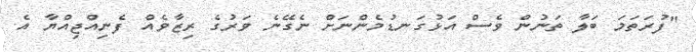
"ފުރަތަމަ ބަލާ ތަނުން ވެސް އަޅުގަނޑުމެންނަށް ނެގޭނެ ވަރުގެ ރިޒާވެއް ފެނިއްޖިއްޔާ އެ